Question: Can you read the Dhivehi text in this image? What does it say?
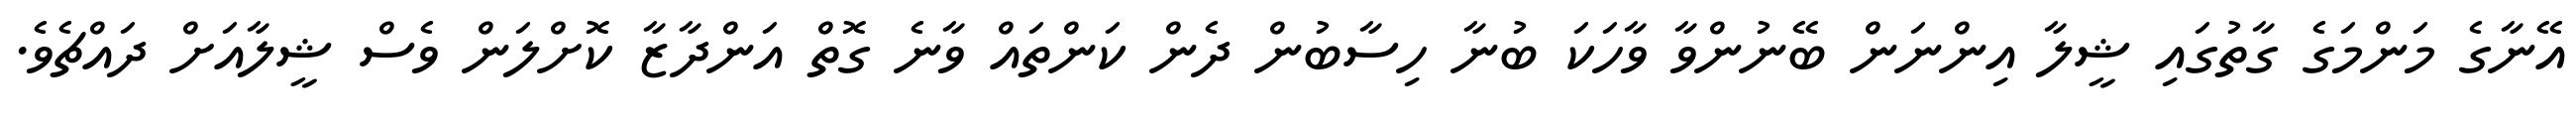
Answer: އޭނާގެ މަންމަގެ ގާތުގައި ޝީލާ އިންނަން ބޭނުންވާ ވާހަކަ ބުނާ ހިސާބުން ދެން ކަންތައް ވާނެ ގޮތް އަންދާޒާ ކޮށްލަން ވެސް ޝީލާއަށް ދައްޗެވެ.